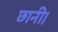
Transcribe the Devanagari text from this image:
छानी।